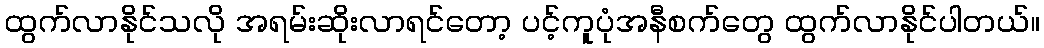
ထွက်လာနိုင်သလို အရမ်းဆိုးလာရင်တော့ ပင့်ကူပုံအနီစက်တွေ ထွက်လာနိုင်ပါတယ်။